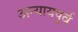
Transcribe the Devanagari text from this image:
अन्यायपूर्व